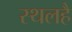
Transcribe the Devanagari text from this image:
स्थलहै